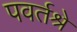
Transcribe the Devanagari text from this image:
पवर्तश्रे